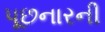
પૂછનારની